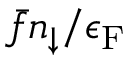
\bar { f } n _ { \downarrow } / \epsilon _ { \mathrm { F } }